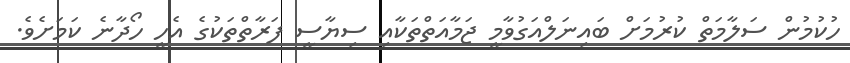
ހުކުމުން ސަލާމަތް ކުރުމަށް ބައިނަލްއަގުވާމީ ޖަމާއަތްތަކާއި ސިޔާސީ ފަރާތްތަކުގެ އެހީ ހޯދާނެ ކަމަށެވެ.